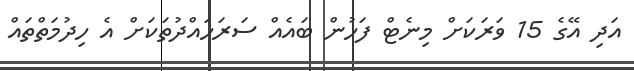
އަދި އޭގެ 15 ވަރަކަށް މިނެޓް ފަހުން ބައެއް ސަރަހައްދުތަކަށް އެ ހިދުމަތްތައް